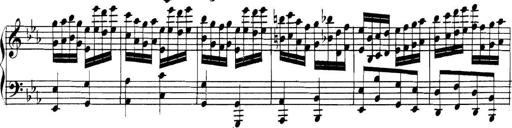
Title: Collected Piano Sonatas
Composer: Muzio Clementi